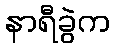
နာရီခွဲက